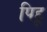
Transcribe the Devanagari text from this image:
पिहू